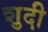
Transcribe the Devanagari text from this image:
शुदी